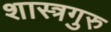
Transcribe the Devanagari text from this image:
शास्त्रगुरु